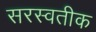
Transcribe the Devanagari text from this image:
सरस्वतीक